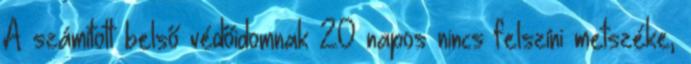
A számított belső védőidomnak 20 napos nincs felszíni metszéke,